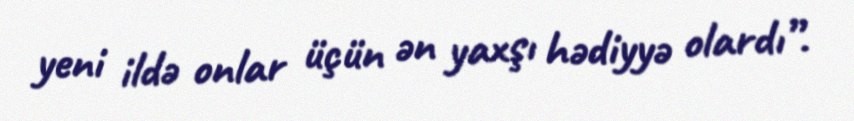
yeni ildə onlar üçün ən yaxşı hədiyyə olardı”.